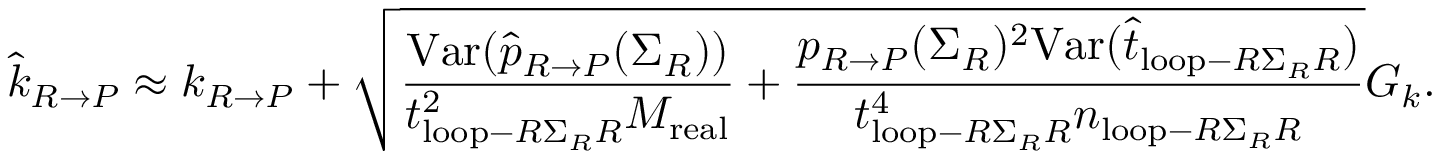
\widehat { k } _ { R \rightarrow P } \approx k _ { R \rightarrow P } + \sqrt { \frac { \mathrm { V a r } ( \widehat { p } _ { R \rightarrow P } ( \Sigma _ { R } ) ) } { t _ { \mathrm { l o o p } - R \Sigma _ { R } R } ^ { 2 } M _ { \mathrm { r e a l } } } + \frac { p _ { R \rightarrow P } ( \Sigma _ { R } ) ^ { 2 } \mathrm { V a r } ( \widehat { t } _ { \mathrm { l o o p } - R \Sigma _ { R } R } ) } { t _ { \mathrm { l o o p } - R \Sigma _ { R } R } ^ { 4 } n _ { \mathrm { l o o p } - R \Sigma _ { R } R } } } G _ { k } .